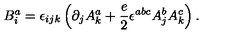
B _ { i } ^ { a } = \epsilon _ { i j k } \left( \partial _ { j } A _ { k } ^ { a } + \frac { e } { 2 } \epsilon ^ { a b c } A _ { j } ^ { b } A _ { k } ^ { c } \right) .